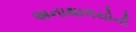
અનાથાલયોની